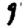
Digit: 9